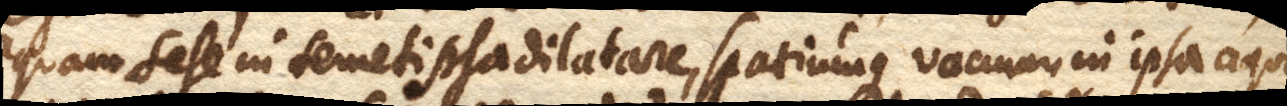
aquam sese in semet ipsa dilatare, spatiumque vacuum in ipsa aqua